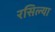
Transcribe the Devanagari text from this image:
रसिल्या